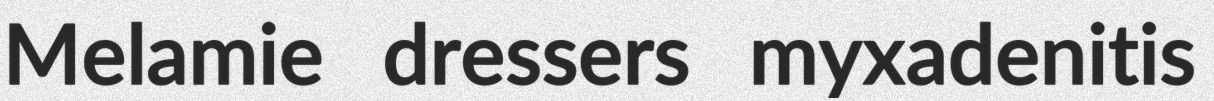
Melamie dressers myxadenitis